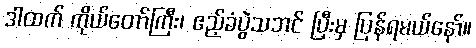
ဒါထက် ကိုယ်တော်ကြီး၊ ဧည့်ခံပွဲသဘင် ပြီးမှ ပြန်ရမယ်နော်။